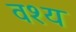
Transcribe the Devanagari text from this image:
वश्य